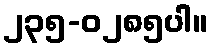
၂၃၅-၀၂၈၅ပါ။